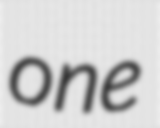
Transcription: one